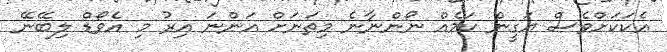
އެކަކަށްވެސް ޔަގީން ކަމެއް ނޯންނާނެ މިތަނަށް އަންނަ އިރު މި އެވޯޑް ލިބޭނޭ